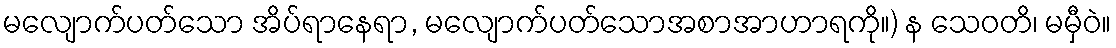
မလျောက်ပတ်သော အိပ်ရာနေရာ, မလျောက်ပတ်သောအစာအာဟာရကို။) န သေဝတိ၊ မမှီဝဲ။